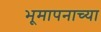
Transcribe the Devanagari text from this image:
भूमापनाच्या